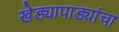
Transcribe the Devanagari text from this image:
खेड्यापाड्यांचा